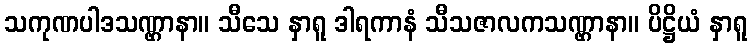
သကုဏပါဒသဏ္ဌာနာ။ သီသေ နှာရူ ဒါရကာနံ သီသဇာလကသဏ္ဌာနာ။ ပိဋ္ဌိယံ နှာရူ